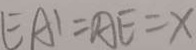
E A ^ { \prime } = A E = x